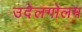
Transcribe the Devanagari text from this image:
उदेलगोलम